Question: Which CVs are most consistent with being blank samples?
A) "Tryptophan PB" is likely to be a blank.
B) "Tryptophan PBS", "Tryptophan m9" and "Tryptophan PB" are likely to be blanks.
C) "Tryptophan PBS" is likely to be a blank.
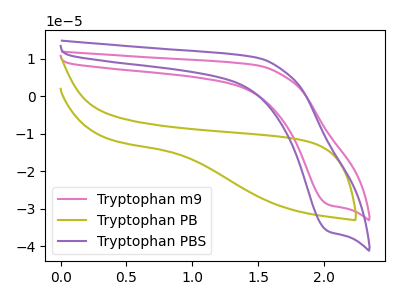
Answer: <think>The pink curve "Tryptophan m9" has a cathodic peak at: (2.05V, -28.95uA). The olive curve "Tryptophan PB" has no peaks. The purple curve "Tryptophan PBS" has a cathodic peak at: (2.05V, -36.05uA).</think>
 <answer>A) "Tryptophan PB" is likely to be a blank.</answer>
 <eval>A</eval>